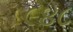
૯૪૮